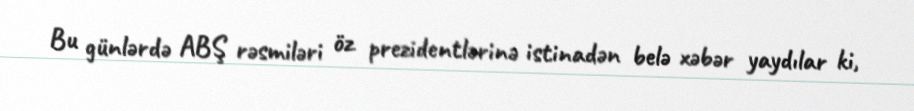
Bu günlərdə ABŞ rəsmiləri öz prezidentlərinə istinadən belə xəbər yaydılar ki,